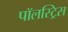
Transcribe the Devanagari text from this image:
पॉलस्ट्रिस